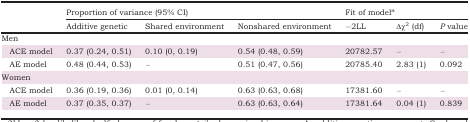
<table><thead><tr><td></td><td colspan="3"><b>Proportion of variance (95% CI)</b></td><td colspan="3"><b>Fit of model</b></td></tr><tr><td><b>Additive genetic</b></td><td><b>Shared environment</b></td><td><b>Nonshared environment</b></td><td><b>−2LL</b></td><td><b>Δχ<sup>2</sup> (df)</b></td><td><b><i>P</i> value</b></td></tr></thead><tbody><tr><td colspan="7">Men</td></tr><tr><td> ACE model</td><td>0.37 (0.24, 0.51)</td><td>0.10 (0, 0.19)</td><td>0.54 (0.48, 0.59)</td><td>20782.57</td><td>–</td><td>–</td></tr><tr><td> AE model</td><td>0.48 (0.44, 0.53)</td><td>–</td><td>0.51 (0.47, 0.56)</td><td>20785.40</td><td>2.83 (1)</td><td>0.092</td></tr><tr><td colspan="7">Women</td></tr><tr><td> ACE model</td><td>0.36 (0.19, 0.36)</td><td>0.01 (0, 0.14)</td><td>0.63 (0.63, 0.68)</td><td>17381.60</td><td>–</td><td>–</td></tr><tr><td> AE model</td><td>0.37 (0.35, 0.37)</td><td>–</td><td>0.63 (0.63, 0.64)</td><td>17381.64</td><td>0.04 (1)</td><td>0.839</td></tr></tbody></table>